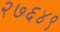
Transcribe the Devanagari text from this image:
२७६४९